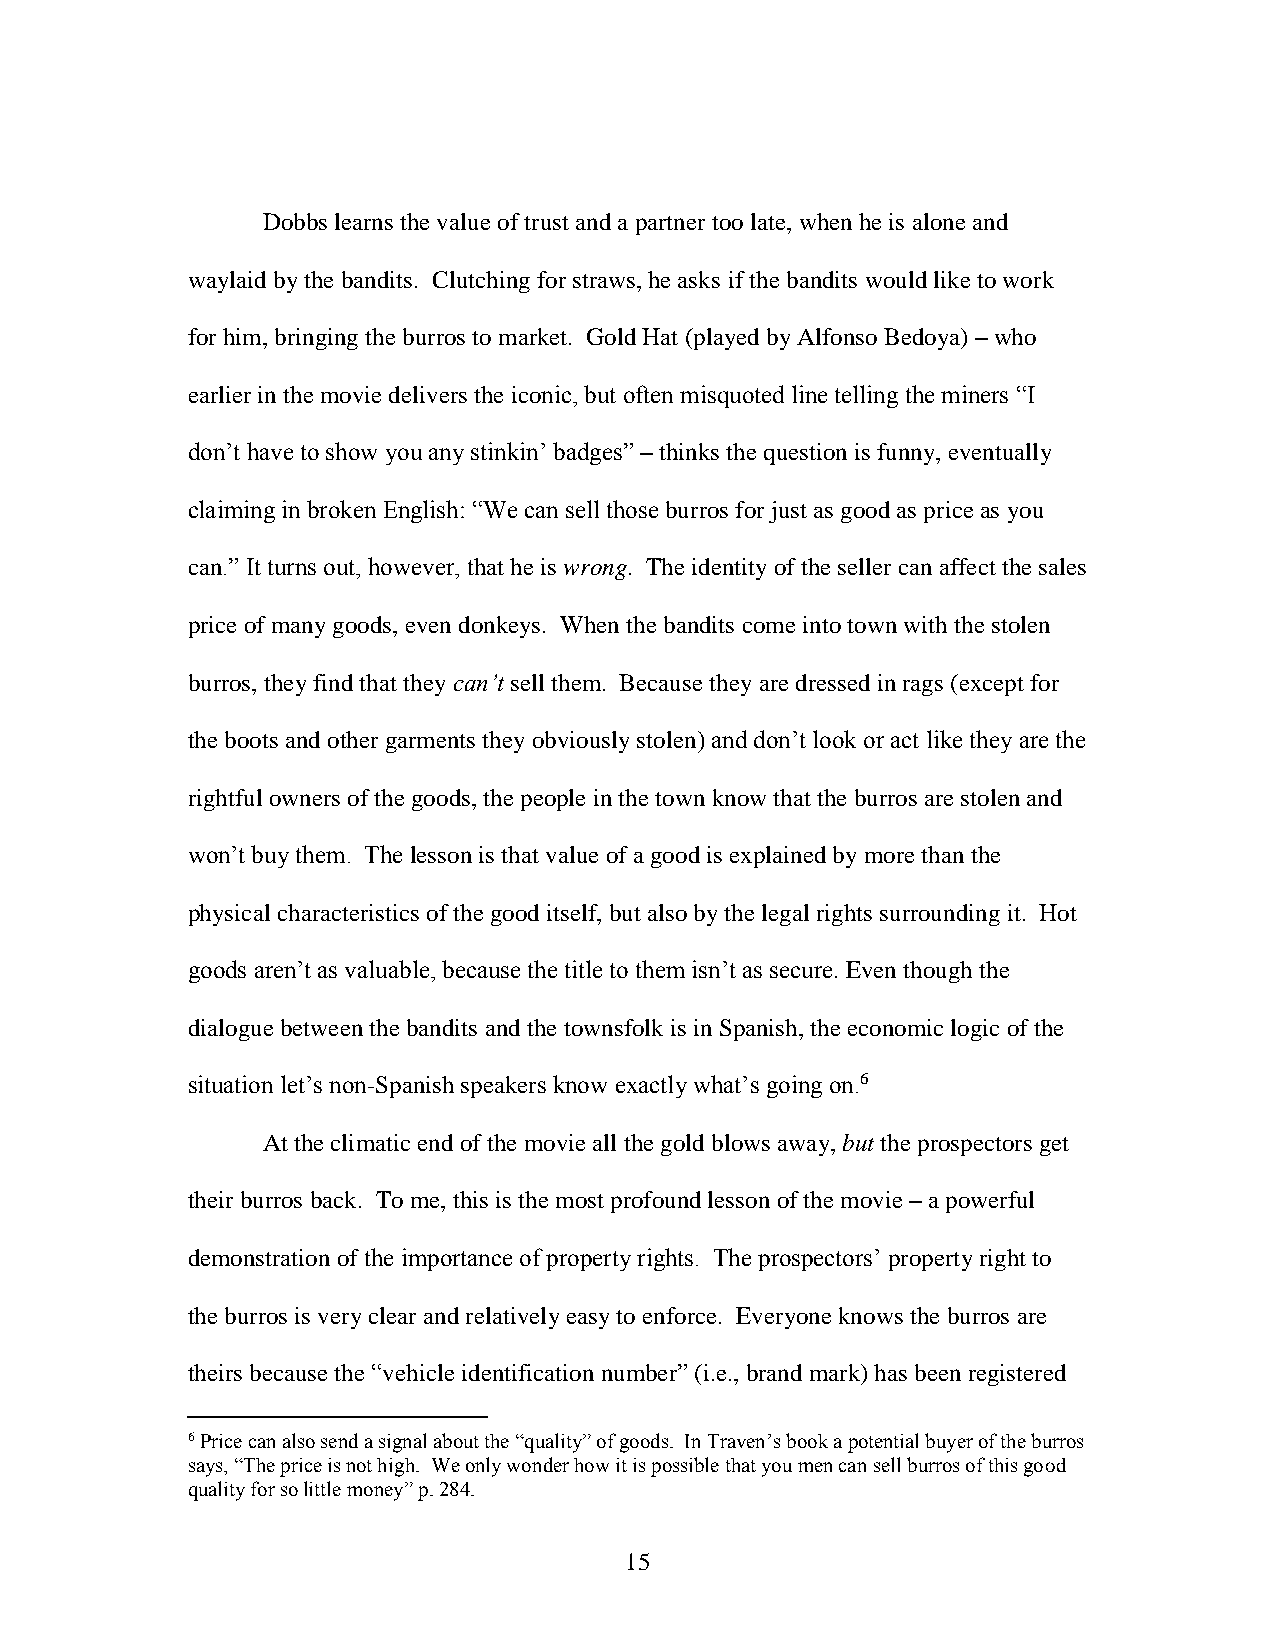
Dobbs learns the value of trust and a partner too late, when he is alone and
 waylaid by the bandits. Clutching for straws, he asks if the bandits would like to work
 for him, bringing the burros to market. Gold Hat (played by Alfonso Bedoya) – who
 earlier in the movie delivers the iconic, but often misquoted line telling the miners “I
 don’t have to show you any stinkin’ badges” – thinks the question is funny, eventually
 claiming in broken English: “We can sell those burros for just as good as price as you
 can.” It turns out, however, that he is wrong. The identity of the seller can affect the sales
 price of many goods, even donkeys. When the bandits come into town with the stolen
 burros, they find that they can’t sell them. Because they are dressed in rags (except for
 the boots and other garments they obviously stolen) and don’t look or act like they are the
 rightful owners of the goods, the people in the town know that the burros are stolen and
 won’t buy them. The lesson is that value of a good is explained by more than the
 physical characteristics of the good itself, but also by the legal rights surrounding it. Hot
 goods aren’t as valuable, because the title to them isn’t as secure. Even though the
 dialogue between the bandits and the townsfolk is in Spanish, the economic logic of the
 situation let’s non-Spanish speakers know exactly what’s going on.6
 At the climatic end of the movie all the gold blows away, but the prospectors get
 their burros back. To me, this is the most profound lesson of the movie – a powerful
 demonstration of the importance of property rights. The prospectors’ property right to
 the burros is very clear and relatively easy to enforce. Everyone knows the burros are
 theirs because the “vehicle identification number” (i.e., brand mark) has been registered
 6 Price can also send a signal about the “quality” of goods. In Traven’s book a potential buyer of the burros
 says, “The price is not high. We only wonder how it is possible that you men can sell burros of this good
 quality for so little money” p. 284.
 15